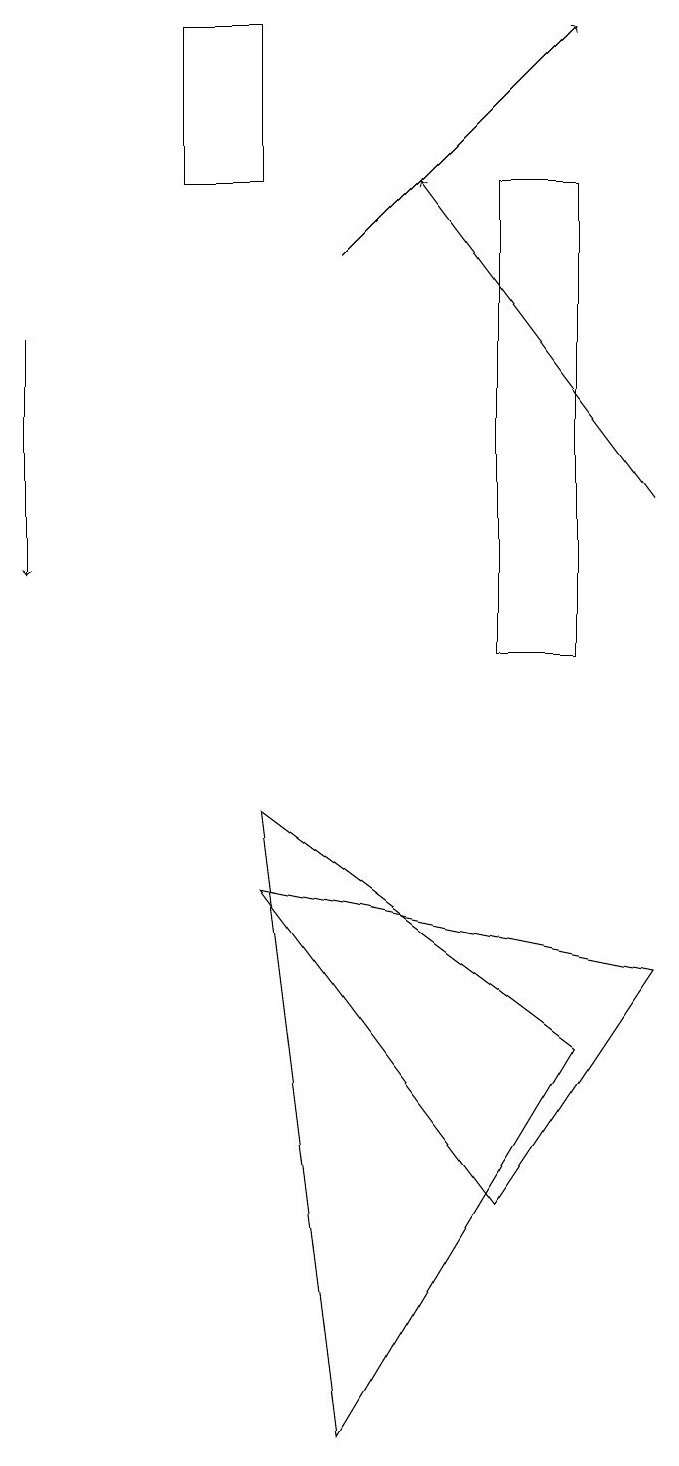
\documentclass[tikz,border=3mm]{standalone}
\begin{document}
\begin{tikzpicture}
\draw[->] (1,14) -- (1,11);
\draw (7,3) -- (9,6) -- (4,7) -- cycle;
\draw (3,16) rectangle (4,18);
\draw (5,0) -- (8,5) -- (4,8) -- cycle;
\draw (8,16) rectangle (7,10);
\draw[->] (5,15) -- (8,18);
\draw[->] (9,12) -- (6,16);
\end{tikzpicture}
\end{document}